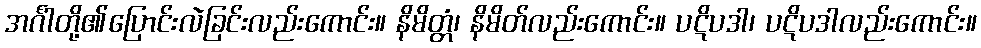
အင်္ဂါတို့၏ပြောင်းလဲခြင်းလည်းကောင်း။ နိမိတ္တံ၊ နိမိတ်လည်းကောင်း။ ပဋိပဒါ၊ ပဋိပဒါလည်းကောင်း။